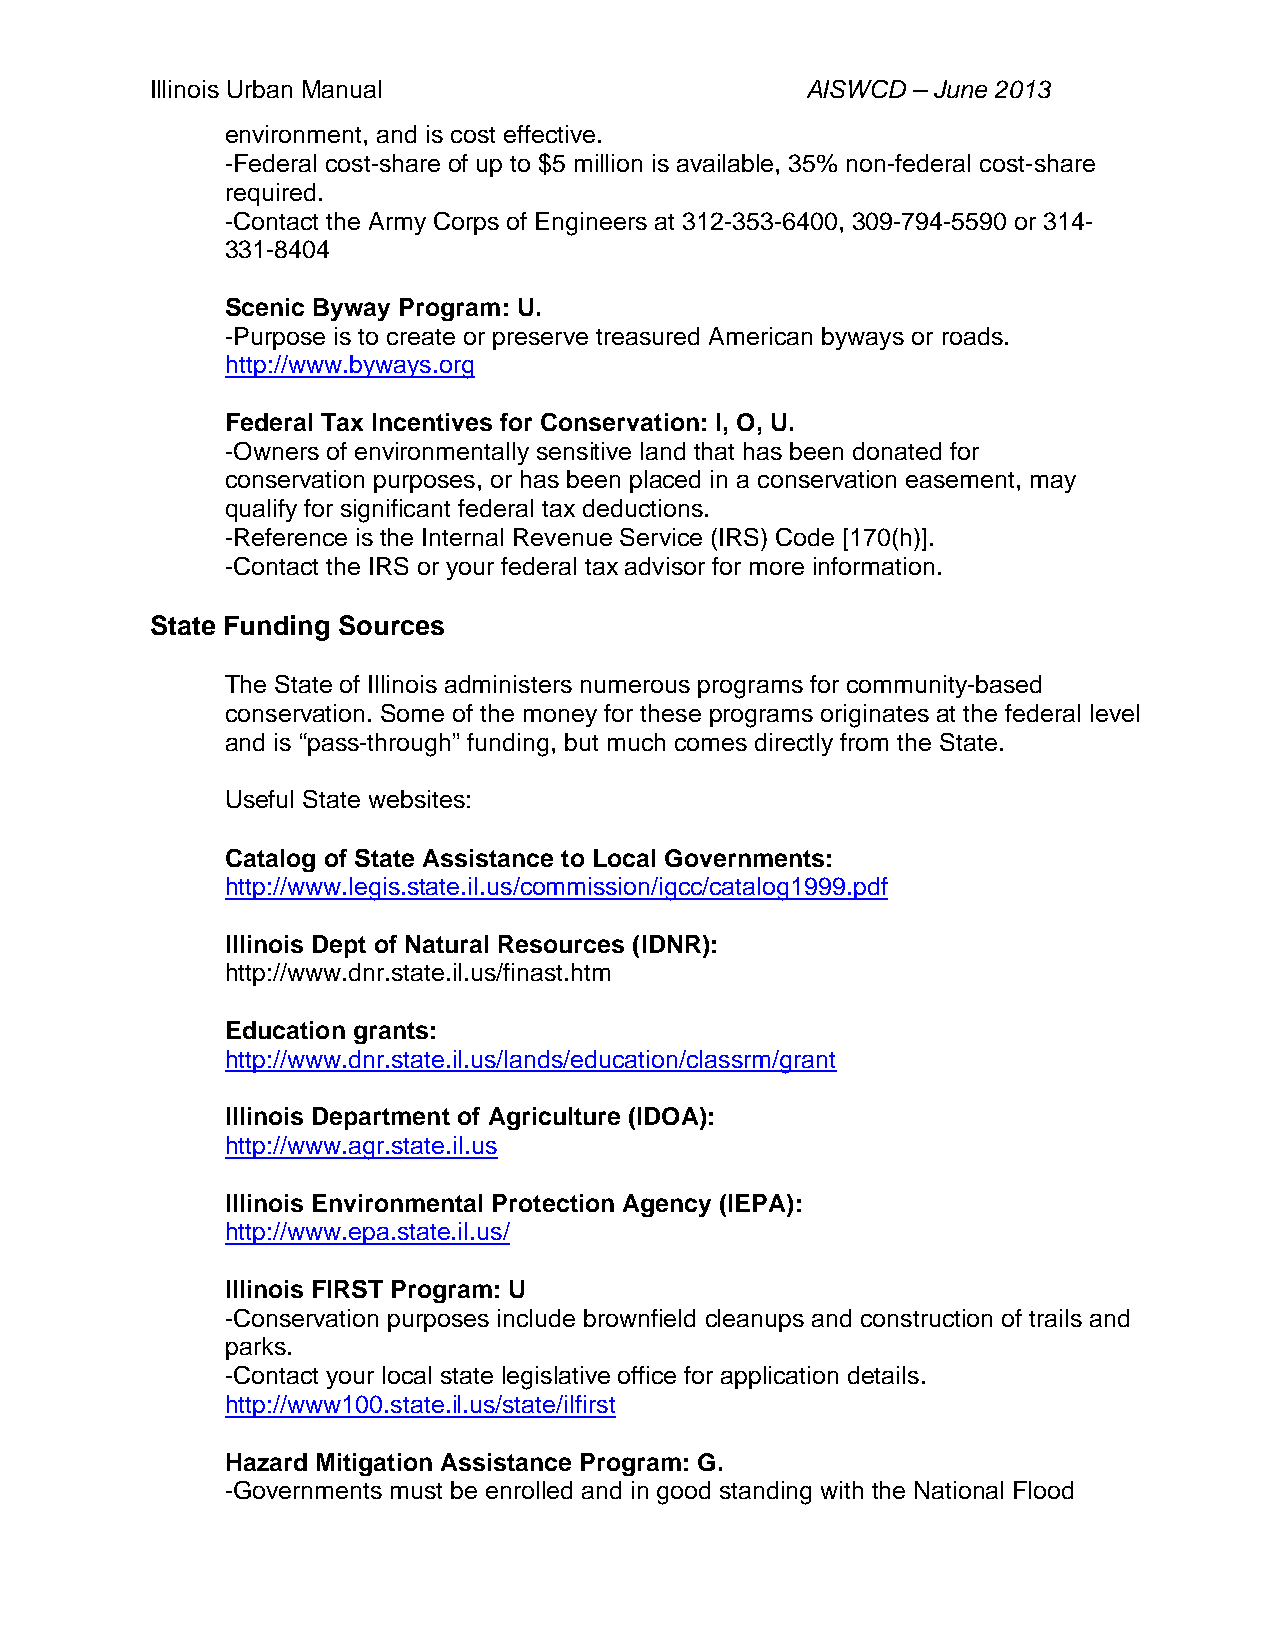
Illinois Urban Manual                      AISWCD – June 2013
 environment, and is cost effective.
 -Federal cost-share of up to $5 million is available, 35% non-federal cost-share
 required.
 -Contact the Army Corps of Engineers at 312-353-6400, 309-794-5590 or 314-
 331-8404
 Scenic Byway Program: U.
 -Purpose is to create or preserve treasured American byways or roads.
 http://www.byways.org
 Federal Tax Incentives for Conservation: I, O, U.
 -Owners of environmentally sensitive land that has been donated for
 conservation purposes, or has been placed in a conservation easement, may
 qualify for significant federal tax deductions.
 -Reference is the Internal Revenue Service (IRS) Code [170(h)].
 -Contact the IRS or your federal tax advisor for more information.
 State Funding Sources
 The State of Illinois administers numerous programs for community-based
 conservation. Some of the money for these programs originates at the federal level
 and is “pass-through” funding, but much comes directly from the State.
 Useful State websites:
 Catalog of State Assistance to Local Governments:
 http://www.legis.state.il.us/commission/igcc/catalog1999.pdf
 Illinois Dept of Natural Resources (IDNR):
 http://www.dnr.state.il.us/finast.htm
 Education grants:
 http://www.dnr.state.il.us/lands/education/classrm/grant
 Illinois Department of Agriculture (IDOA):
 http://www.agr.state.il.us
 Illinois Environmental Protection Agency (IEPA):
 http://www.epa.state.il.us/
 Illinois FIRST Program: U
 -Conservation purposes include brownfield cleanups and construction of trails and
 parks.
 -Contact your local state legislative office for application details.
 http://www100.state.il.us/state/ilfirst
 Hazard Mitigation Assistance Program: G.
 -Governments must be enrolled and in good standing with the National Flood